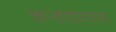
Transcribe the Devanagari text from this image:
कऱ्हाडजवळ